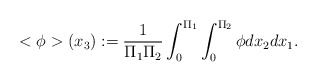
\begin{align*}<\phi>(x_3):=\frac{1}{\Pi_1 \Pi_2} \int_{0}^{\Pi_1} \int_{0}^{\Pi_2} \phi dx_2dx_1.\end{align*}